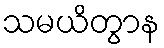
သမယိတွာန